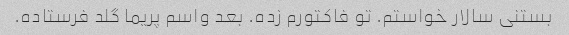
بستنی سالار خواستم. تو فاکتورم زده. بعد واسم پریما گلد فرستاده.